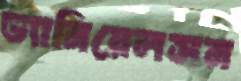
ড্যানিয়েলসন